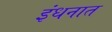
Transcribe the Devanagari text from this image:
इंधनात